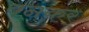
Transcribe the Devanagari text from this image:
बनकर्